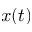
x ( t )